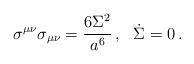
LaTeX: \begin{align*}\sigma^{\mu\nu}\sigma_{\mu\nu} ={6\Sigma^2\over a^6}\,,~~\dot\Sigma=0\,.\end{align*}